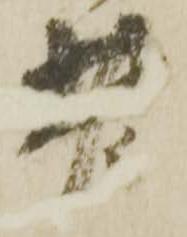
老